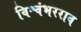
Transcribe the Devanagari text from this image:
विश्वंभरराव